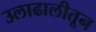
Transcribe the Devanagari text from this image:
उलाढालीतून